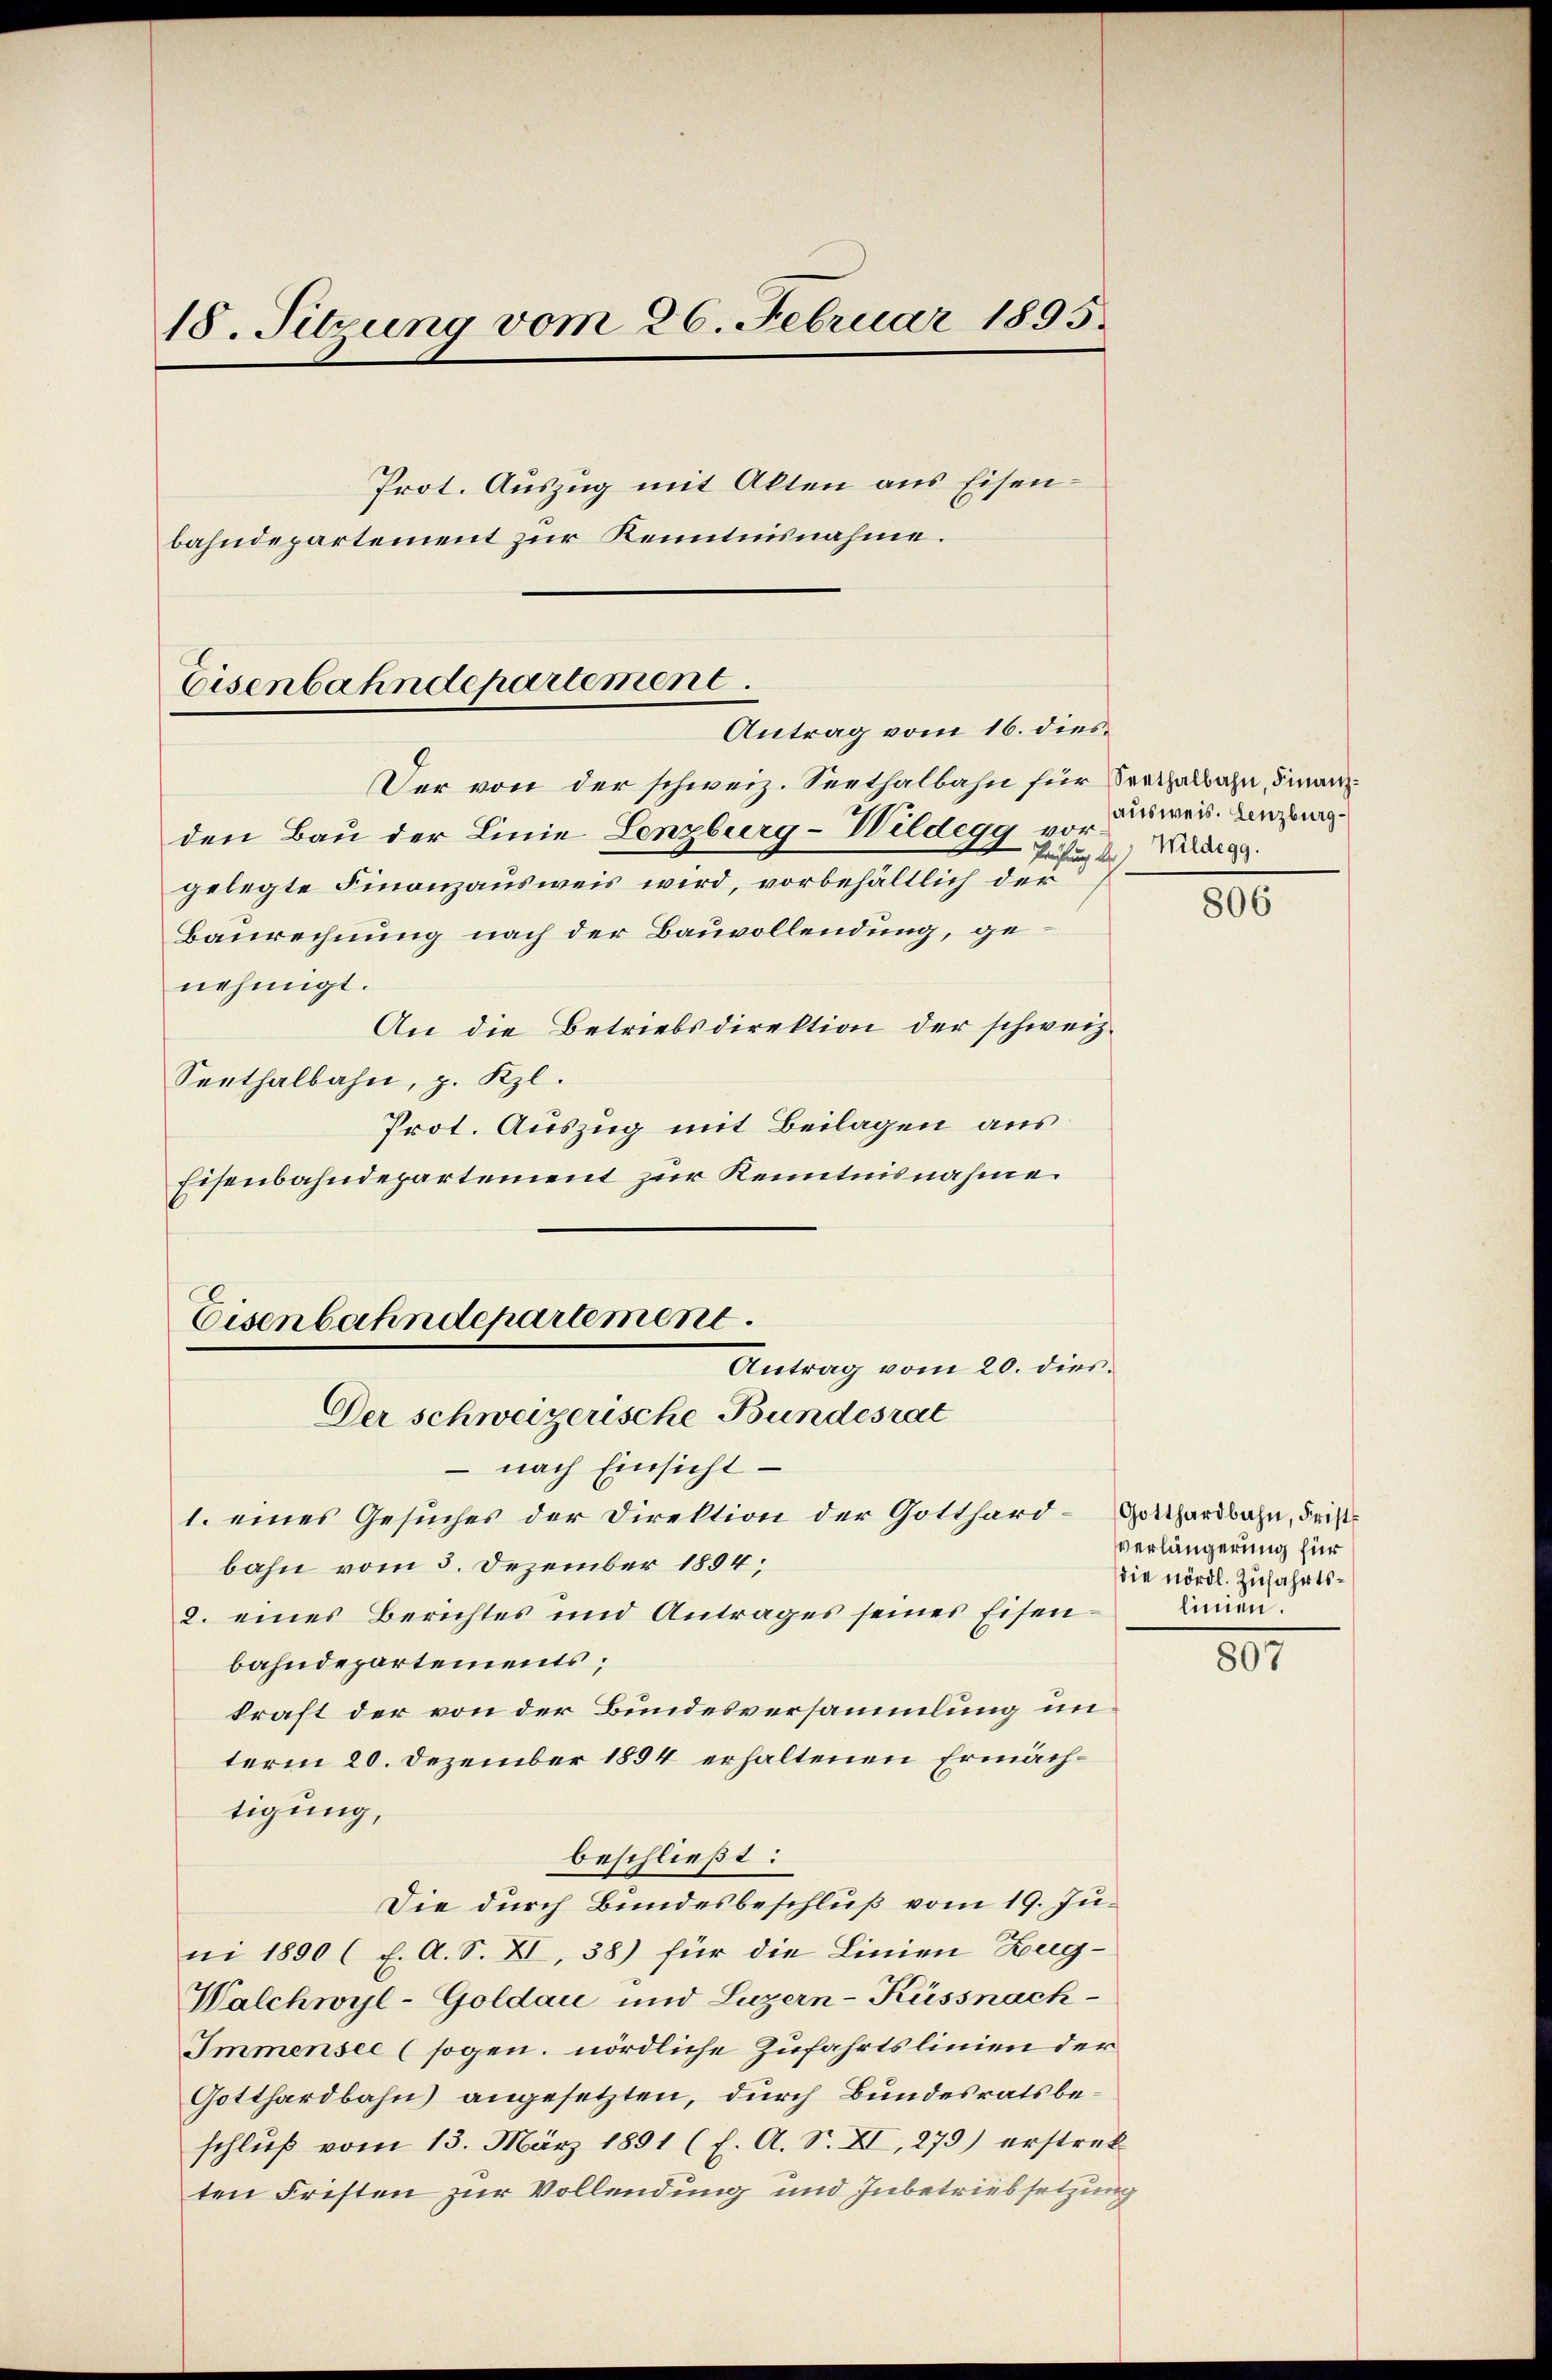
18. Sitzung vom 26. Februar 1895.
Prot. Auszug mit Akten aus Eisenbahndepartement zur Kenntnisnahme.

Eisenbahndepartement.

Der von der schweiz. Seethalbahn für Freihalbahn, Finanzden Bau der Linie Lenzburg-Wildegg vor Beweis. Anzug
-Prüfung de
gelegte Finanzausweis wird, vorbehältlich der
Baurechnung nach der Bauvollendung, genehmigt.
An die Betriebsdirektion der schweiz.
Seethalbahn, z. Kzl.
Prot. Auszug mit Beilagen aus
Eisenbahndepartement zur Kenntnisnahme.
 nach Einsicht
1. eines Gesuches der Direktion der Gotthard-Gotthardbahn, Fristbahn vom 3. Dezember 1894;
2. eines Berichtes und Antrages seines Eisenbahndepartements;
kraft der von der Bundesversammlung in
term 20. Dezember 1894 erhaltenen Ermächtigung,
beschließt:
Die durch Bundesbeschluß vom 19. Juni 1890 (E. A. S. XI, 38) für die Linien Zug-
Walchwyl-Goldau und Luzern-Küssnach-
Immensee (sogen. nördliche Zufahrtslinien der
Gotthardbahn angesetzten, durch Bundesratsbeschluß vom 13. März 1891 (s. A. S. XI, 279) erstrekten Fristen zur Vollendung und Inbetriebsetzung

Eisenbahndepartement.
Antrag vom 20. dies
Der schweizerische Bundesrat

Antrag vom 16. dies

Wildegg.

806

verlängerung für
die nördl. Zufahrtslinien.

807